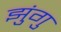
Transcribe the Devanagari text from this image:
झुंगु